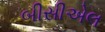
બીસીએલ